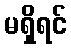
မရှိရင်